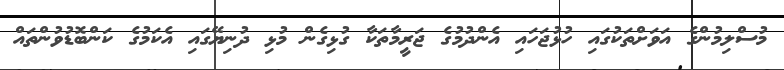
މުސްލިމުންގެ އަވަށްތަކުގައި ހުޅުޖަހައި އެންދުމުގެ ޖަރީމާތަކާ ގުޅިގެން މުޅި ދުނިޔޭގައި އެކަމުގެ ކަންބޮޑުވުންތައް